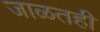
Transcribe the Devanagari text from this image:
जाळतही